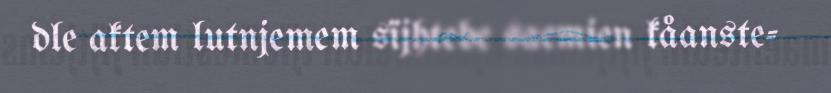
dle aktem lutnjemem sïjhtebe saemien kåanste-